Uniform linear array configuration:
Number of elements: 8
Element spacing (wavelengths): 0.5
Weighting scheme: uniform
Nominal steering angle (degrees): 30
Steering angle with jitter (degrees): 28.281
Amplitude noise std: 0.05
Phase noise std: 0.05

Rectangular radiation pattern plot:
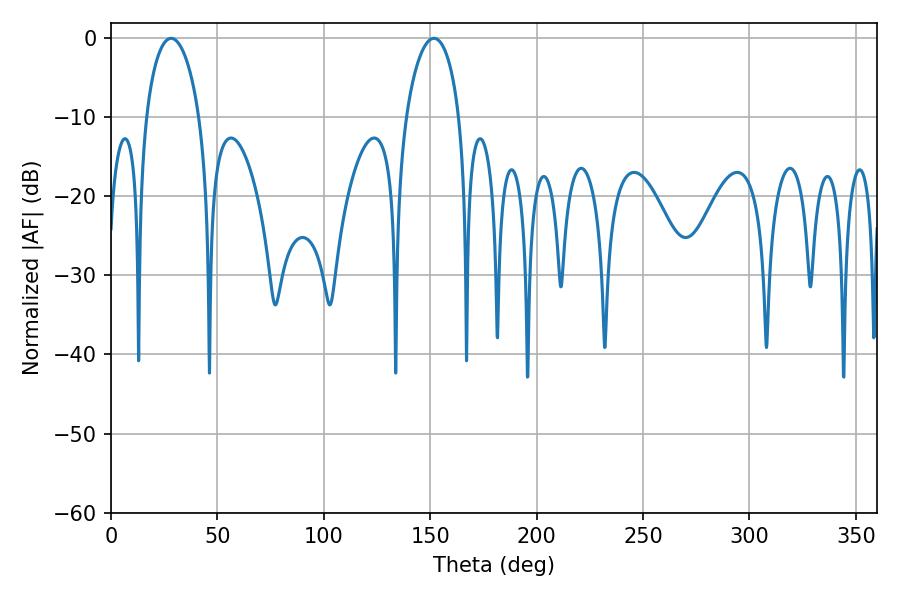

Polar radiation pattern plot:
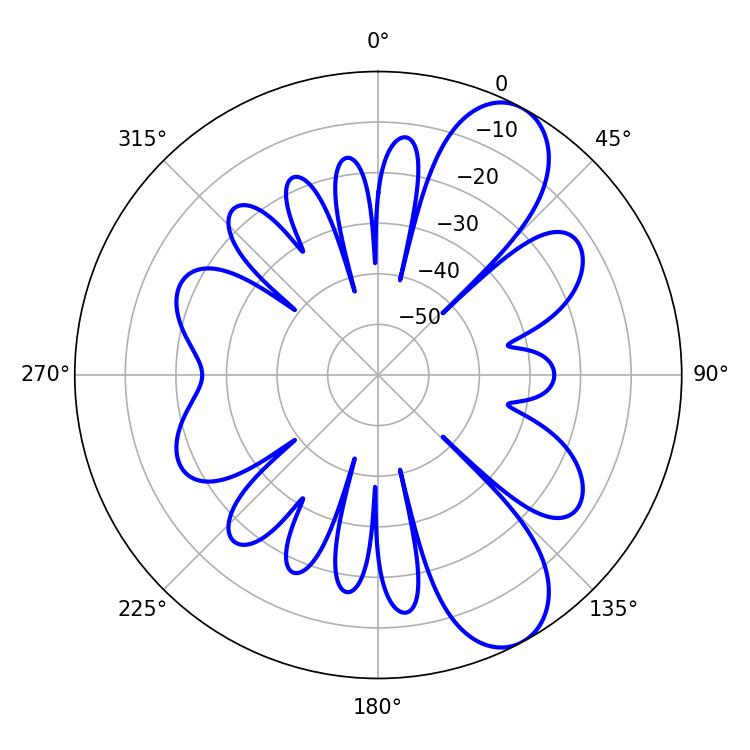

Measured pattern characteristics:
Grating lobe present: FALSE
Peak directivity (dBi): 9.002
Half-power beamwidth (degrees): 14.4
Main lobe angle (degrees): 28.26